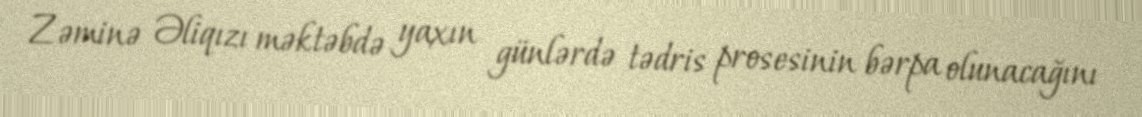
Zəminə Əliqızı məktəbdə yaxın günlərdə tədris prosesinin bərpa olunacağını